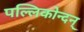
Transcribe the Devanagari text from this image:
पल्लिकोन्दन्